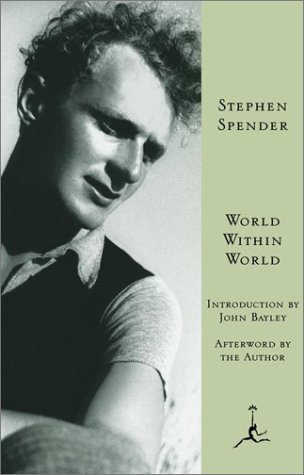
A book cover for World Within World: The Autobiography of Stephen Spender (Modern Library); Stephen Spender; Gay & Lesbian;